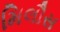
મિલૌસ